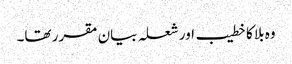
وہ بلا کا خطیب اور شعلہ بیان مقرر تھا۔